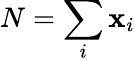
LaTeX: N=\sum_{i}\mathbf{x}_{i}